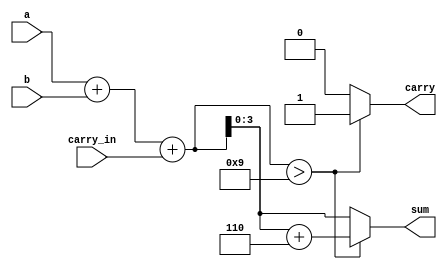
module bcd_adder(a,b,carry_in,sum,carry);


    input [3:0] a,b;
    input carry_in;
    output [3:0] sum;
    output carry;
    
    reg [4:0] sum_temp;
    reg [3:0] sum;
    reg carry;  


    always @(a,b,carry_in)
    begin
        sum_temp = a+b+carry_in;  
        if(sum_temp > 9)    begin
            sum_temp = sum_temp+6;  
            carry = 1;   
            sum = sum_temp[3:0];    end
        else    begin
            carry = 0;
            sum = sum_temp[3:0];
        end
    end     

endmodule